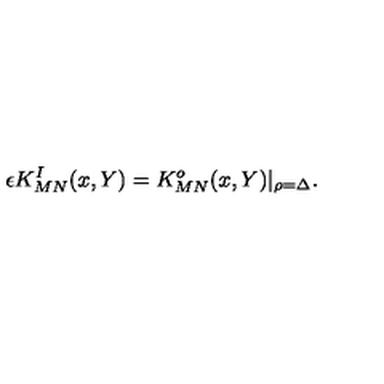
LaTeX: \epsilon K _ { M N } ^ { I } ( x , Y ) = K _ { M N } ^ { o } ( x , Y ) \vert _ { \rho = \Delta } .